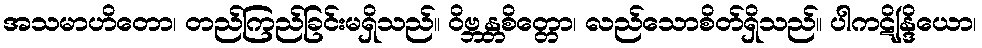
အသမာဟိတော၊ တည်ကြည်ခြင်းမရှိသည်။ ဝိဗ္ဘန္တစိတ္တော၊ လည်သောစိတ်ရှိသည်။ ပါကဋိန္ဒြိယော၊